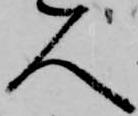
人